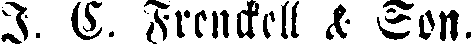
I. C. Frenckell & Son.